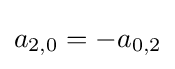
a_{2,0}=-a_{0,2}